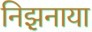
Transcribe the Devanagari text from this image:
निझ़नाया